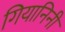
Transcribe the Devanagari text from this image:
गियानिनी